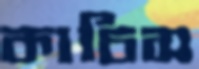
কাচিস